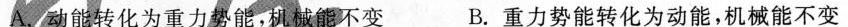
A.动能转化为重力势能，机械能不变 B.重力势能转化为动能，机械能不变